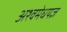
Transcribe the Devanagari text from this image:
अश्वमेधयज्ञ